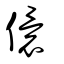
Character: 儇